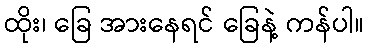
ထိုး၊ ခြေ အားနေရင် ခြေနဲ့ ကန်ပါ။